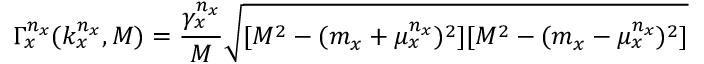
\Gamma _ { x } ^ { n _ { x } } ( k _ { x } ^ { n _ { x } } , M ) = { \frac { \gamma _ { x } ^ { n _ { x } } } { M } } \sqrt { [ M ^ { 2 } - ( m _ { x } + \mu _ { x } ^ { n _ { x } } ) ^ { 2 } ] [ M ^ { 2 } - ( m _ { x } - \mu _ { x } ^ { n _ { x } } ) ^ { 2 } ] }